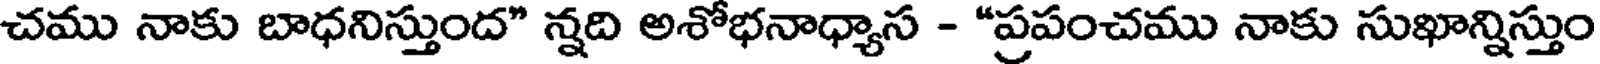
చము నాకు బాధనిస్తుంద" న్నది అశోభనాధ్యాస - "ప్రపంచము నాకు సుఖాన్నిస్తుం